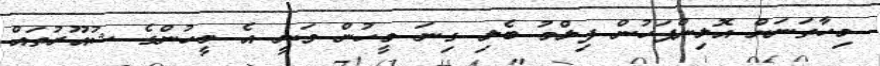
މިހާތަނަށް އޮލިންޕަހުން ފިލްމު ބެލި ގިނަ މީހުން ވަނީ އެ މީހުންގެ ޝުއޫރުތައް